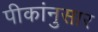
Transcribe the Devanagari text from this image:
पीकांनुसार